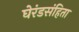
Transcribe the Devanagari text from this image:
घेरंडसंहिता